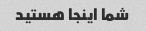
شما اینجا هستید